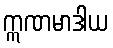
ဣဏမာဒါယ